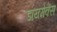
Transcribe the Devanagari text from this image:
डायमेक्स